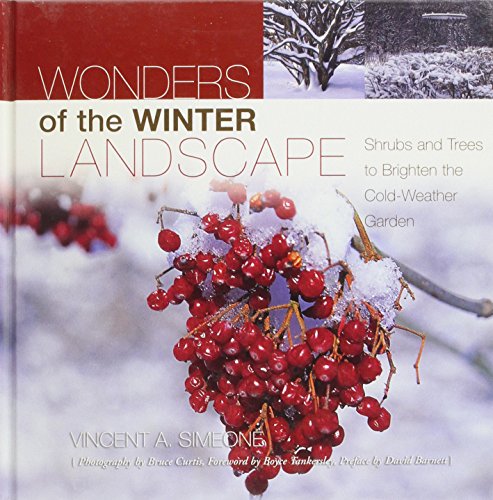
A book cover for Wonders of the Winter Landscape: Shrubs and Trees to Brighten the Cold-Weather Garden; Vincent A. Simeone; Crafts, Hobbies & Home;